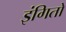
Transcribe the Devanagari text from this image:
इंगितों